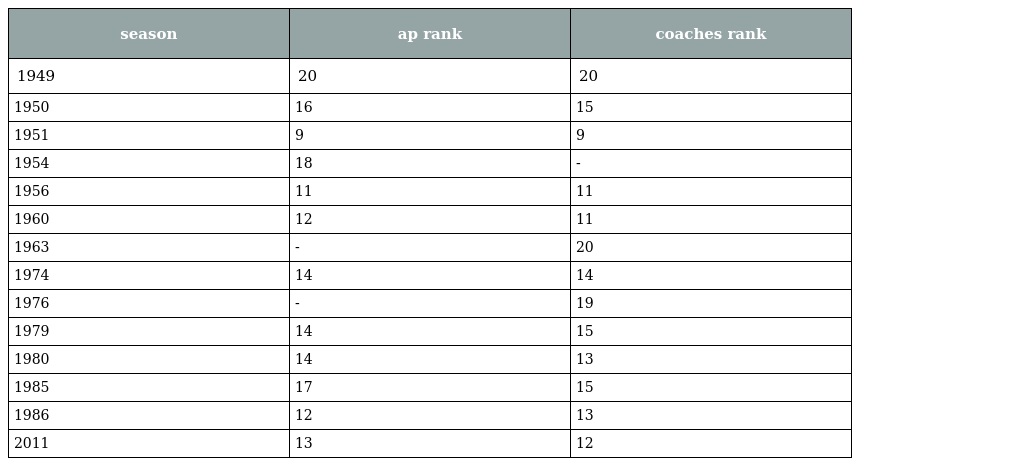
| season | ap rank | coaches rank |
 | --- | --- | --- |
 | 1949 | 20 | 20 |
 | 1950 | 16 | 15 |
 | 1951 | 9 | 9 |
 | 1954 | 18 | - |
 | 1956 | 11 | 11 |
 | 1960 | 12 | 11 |
 | 1963 | - | 20 |
 | 1974 | 14 | 14 |
 | 1976 | - | 19 |
 | 1979 | 14 | 15 |
 | 1980 | 14 | 13 |
 | 1985 | 17 | 15 |
 | 1986 | 12 | 13 |
 | 2011 | 13 | 12 |